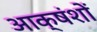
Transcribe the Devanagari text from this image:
आक्षंशों